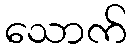
သောက်